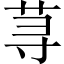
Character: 荨